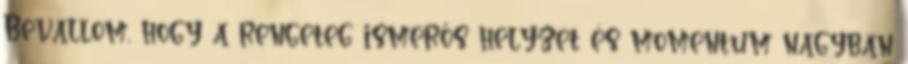
Bevallom, hogy a rengeteg ismerős helyzet és momentum nagyban